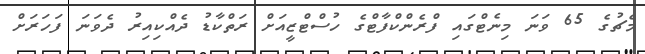
މެޗުގެ 65 ވަނަ މިނެޓްގައި ފްރެންކްފާޓްގެ ހުސްޓްޒީއަށް ރަތްކާޑު ދެއްކިއިރު ދެވަނަ ފަހަރަށް